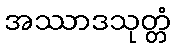
အဿာဒသုတ္တံ